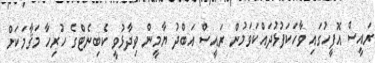
ރައީސް އޮފީހުގައި ވާހަކަފުޅުދައްކަވަމުން ރައީސް އަބްދު ޔާމީން ވިދާޅުވީ ކެބިނެޓްގެ ހުރިހާ މަޤާމަކަށް